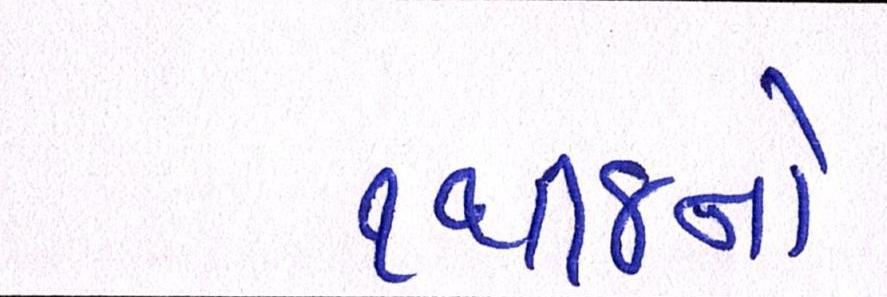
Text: ૧થી૪નો